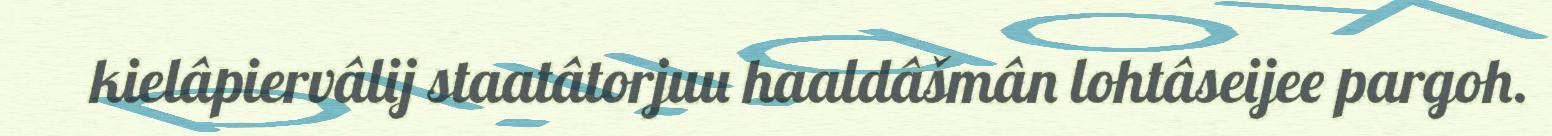
kielâpiervâlij staatâtorjuu haaldâšmân lohtâseijee pargoh.